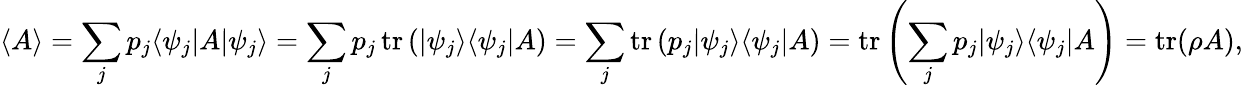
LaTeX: \langle A\rangle=\sum_{j}p_{j}\langle\psi_{j}|A|\psi_{j}\rangle=\sum_{j}p_{j}\operatorname{tr}\left(|\psi_{j}\rangle\langle\psi_{j}|A\right)=\sum_{j}\operatorname{tr}\left(p_{j}|\psi_{j}\rangle\langle\psi_{j}|A\right)=\operatorname{tr}\left(\sum_{j}p_{j}|\psi_{j}\rangle\langle\psi_{j}|A\right)=\operatorname{tr}(\rho A),